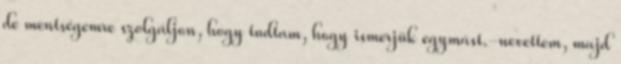
de mentségemre szolgáljon, hogy tudtam, hogy ismerjük egymást.-nevettem, majd